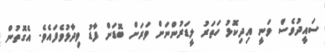
ސައީދުވެސް ވަނީ އިދިކޮޅު ހަތަރު ލީޑަރުންނަށް ވަރަށް ބޮޑަށް ފާޑު ވިދާޅުވެފައެވެ. އެގޮތުން